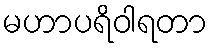
မဟာပရိဝါရတာ